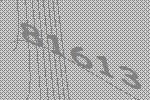
81613